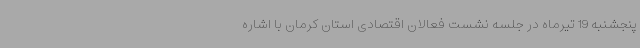
پنجشنبه 19 تیرماه در جلسه نشست فعالان اقتصادی استان کرمان با اشاره